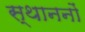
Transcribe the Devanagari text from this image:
स्थाननों